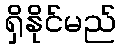
ရှိနိုင်မည်